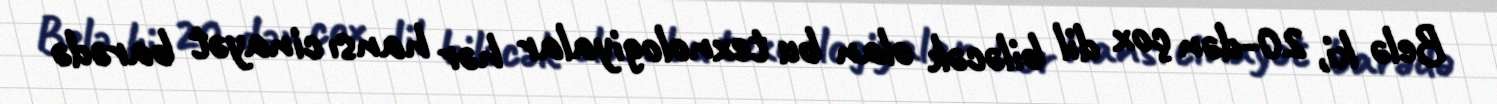
Belə ki, 20-dən çox dil biləcək olan bu texnologiyalar hər hansı cinayət barədə